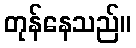
တုန်နေသည်။